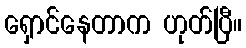
ရှောင်နေတာက ဟုတ်ပြီ။